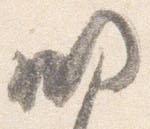
明